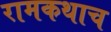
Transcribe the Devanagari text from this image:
रामकथाच